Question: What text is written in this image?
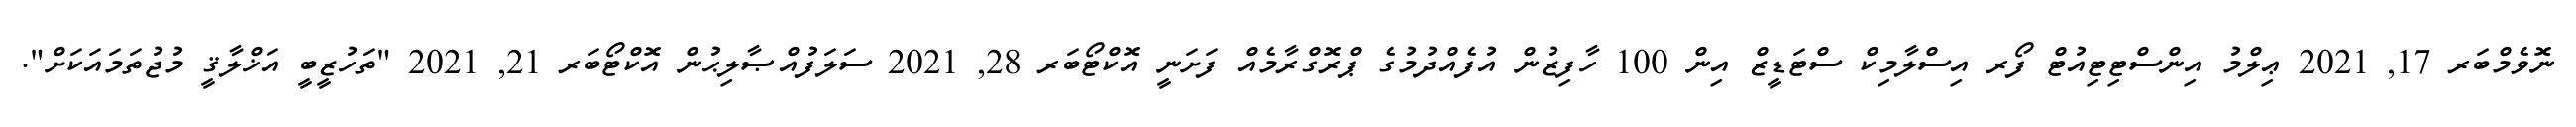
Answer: ނޮވެމްބަރ 17, 2021 ޢިލްމު އިންސްޓިޓިއުޓް ފޯރ އިސްލާމިކް ސްޓަޑީޒް އިން 100 ހާފިޒުން އުފެއްދުމުގެ ޕްރޮގްރާމެއް ފަށަނީ އޮކްޓޯބަރ 28, 2021 ސަލަފުއްޞާލިޙުން އޮކްޓޯބަރ 21, 2021 "ތަހުޒީބީ އަޚްލާޤީ މުޖުތަމައަކަށް".